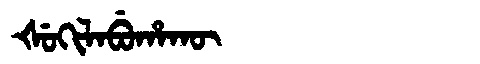
Manchu: ᡧᡠᡴᡳᠯᠠᠪᡠᡥᠠᡴᡡ
Romanization: ŠUKILABUHAKŪ